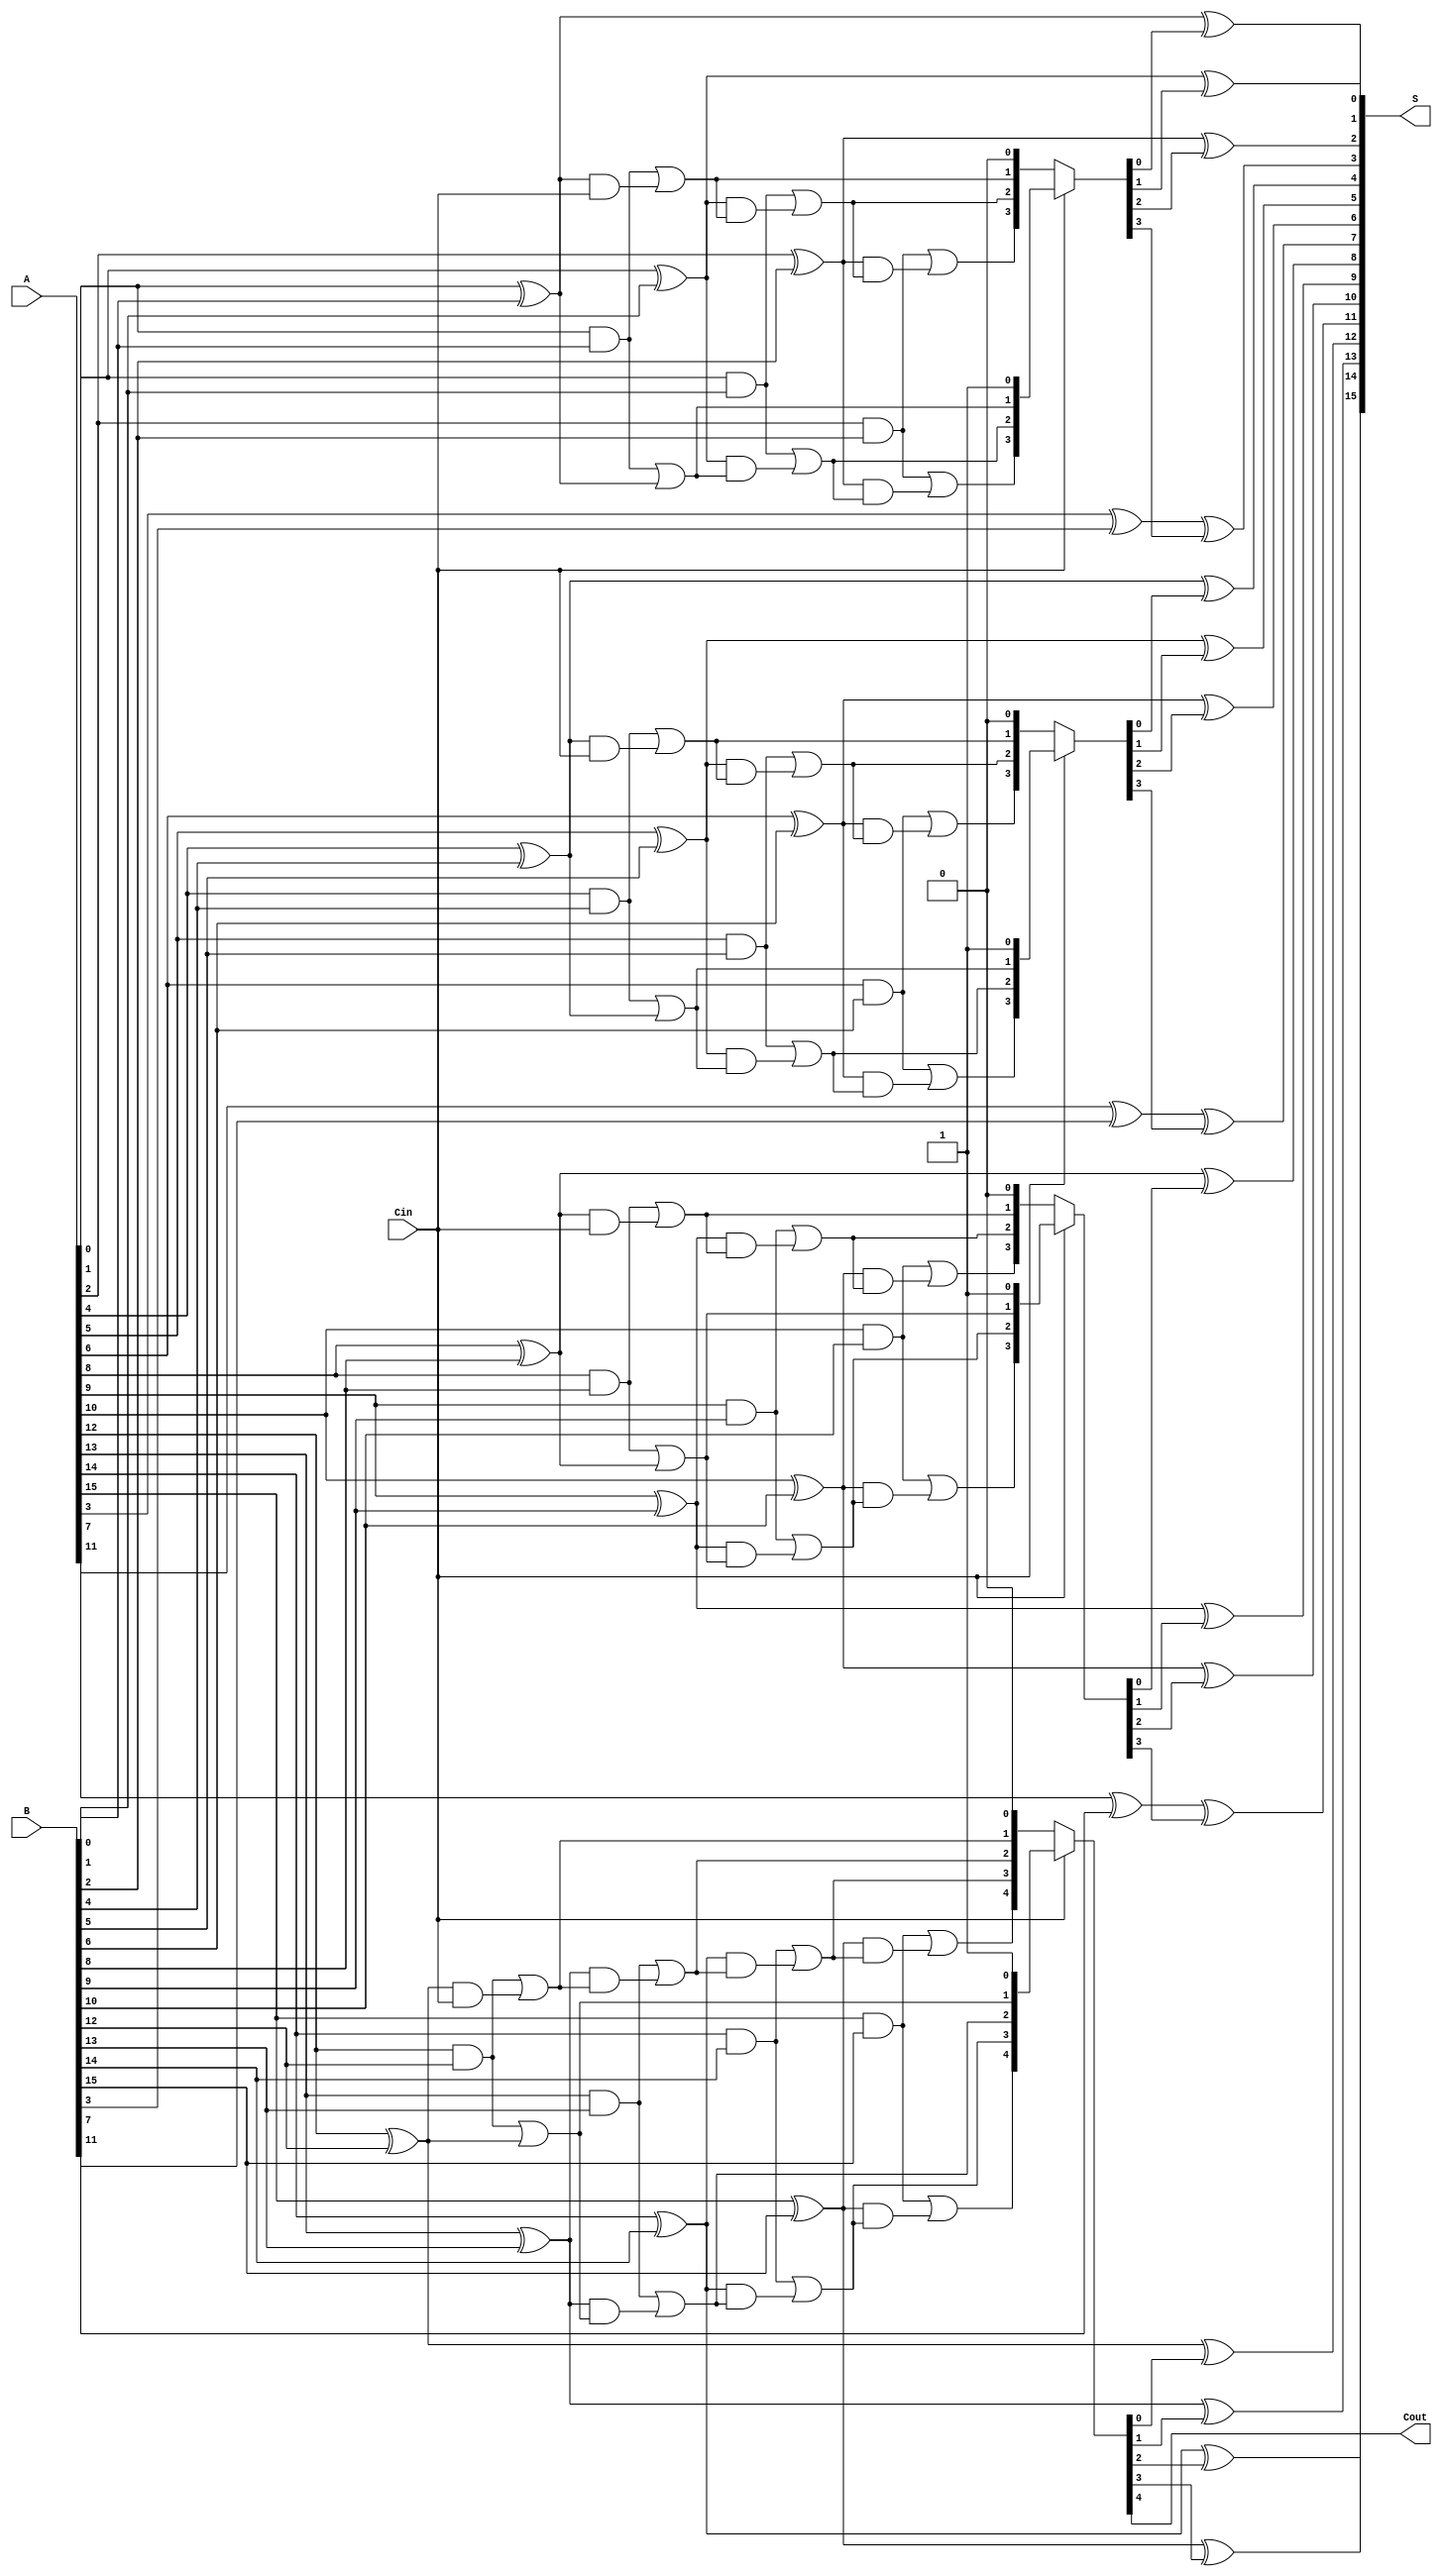
module ParallelPrefixCarrySelectAdder #(parameter N = 16) (
    input [N-1:0] A,
    input [N-1:0] B,
    input Cin,
    output [N-1:0] S,
    output Cout
);
    localparam BLOCK_SIZE = 4; // Size of each block
    localparam NUM_BLOCKS = N / BLOCK_SIZE;

    // Internal signals
    wire [BLOCK_SIZE-1:0] P [0:NUM_BLOCKS-1]; // Propagate signals
    wire [BLOCK_SIZE-1:0] G [0:NUM_BLOCKS-1]; // Generate signals
    wire [BLOCK_SIZE:0] C0 [0:NUM_BLOCKS-1]; // Carry outputs assuming Cin = 0
    wire [BLOCK_SIZE:0] C1 [0:NUM_BLOCKS-1]; // Carry outputs assuming Cin = 1
    wire [BLOCK_SIZE:0] C [0:NUM_BLOCKS-1];   // Final carry outputs

    // Generate P and G for each block
    genvar i, j;
    generate
        for (i = 0; i < NUM_BLOCKS; i = i + 1) begin : block_gen
            for (j = 0; j < BLOCK_SIZE; j = j + 1) begin : bit_gen
                assign P[i][j] = A[i*BLOCK_SIZE + j] ^ B[i*BLOCK_SIZE + j];
                assign G[i][j] = A[i*BLOCK_SIZE + j] & B[i*BLOCK_SIZE + j];
            end
        end
    endgenerate

    // Carry generation for each block
    generate
        for (i = 0; i < NUM_BLOCKS; i = i + 1) begin : carry_gen
            assign C0[i][0] = Cin; // Initial carry for C0
            assign C1[i][0] = 1'b1; // Initial carry for C1

            // Calculate carry outputs assuming Cin = 0
            for (j = 0; j < BLOCK_SIZE; j = j + 1) begin : carry_calc0
                if (j == 0) begin
                    assign C0[i][j+1] = G[i][j] | (P[i][j] & C0[i][j]);
                end else begin
                    assign C0[i][j+1] = G[i][j] | (P[i][j] & C0[i][j]);
                end
            end

            // Calculate carry outputs assuming Cin = 1
            for (j = 0; j < BLOCK_SIZE; j = j + 1) begin : carry_calc1
                if (j == 0) begin
                    assign C1[i][j+1] = G[i][j] | (P[i][j] & C1[i][j]);
                end else begin
                    assign C1[i][j+1] = G[i][j] | (P[i][j] & C1[i][j]);
                end
            end

            // Select the carry output based on the actual Cin
            assign C[i] = Cin ? C1[i] : C0[i];
        end
    endgenerate

    // Sum calculation
    generate
        for (i = 0; i < NUM_BLOCKS; i = i + 1) begin : sum_calc
            for (j = 0; j < BLOCK_SIZE; j = j + 1) begin : sum_bit
                if (j == 0) begin
                    assign S[i*BLOCK_SIZE + j] = P[i][j] ^ C[i][j];
                end else begin
                    assign S[i*BLOCK_SIZE + j] = P[i][j] ^ C[i][j];
                end
            end
        end
    endgenerate

    // Final carry-out
    assign Cout = C[NUM_BLOCKS-1][BLOCK_SIZE];

endmodule